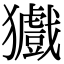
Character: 㺣